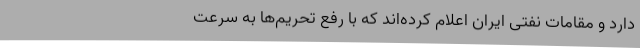
دارد و مقامات نفتی ایران اعلام کرده‌اند که با رفع تحریم‌ها به سرعت